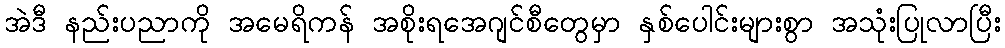
အဲဒီ နည်းပညာကို အမေရိကန် အစိုးရအေဂျင်စီတွေမှာ နှစ်ပေါင်းများစွာ အသုံးပြုလာပြီး